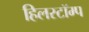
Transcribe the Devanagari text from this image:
हिलस्टॉम्प